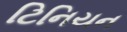
ટિનિયન